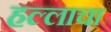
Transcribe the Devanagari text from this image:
हल्लाचा